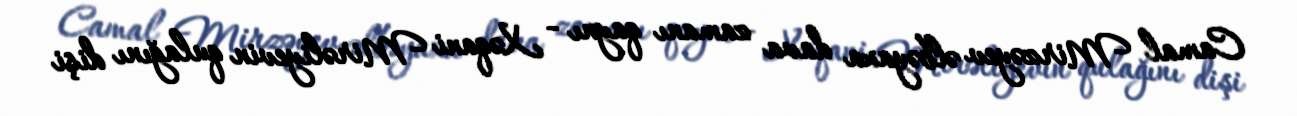
Camal Mirzəyev əlbəyaxa dava zamanı qaynı - Xəqani Mirəliyevin qulağını dişi